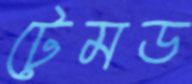
টেমড